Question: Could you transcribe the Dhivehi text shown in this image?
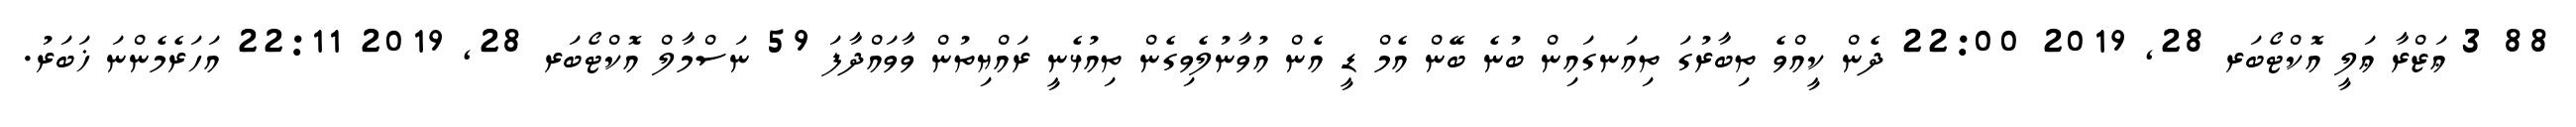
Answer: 88 3 ޢަޒްރާ ޢަލީ އޮކްޓޯބަރ 28, 2019 22:00 ދެން ކީއްވެ ތިބާރުގަ ތިއަނގައިން ބުނެ ބޭން އެމް ޑީ އެން އުވާނުލެވިގެން ތިއުޅެނީ ރައްޔިތުން ވާވައްދާފަ 59 ނަސްމާލް އޮކްޓޯބަރ 28, 2019 22:11 އަހަރެމެންނަ ޚަބަރު.